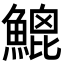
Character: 𩹻